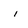
Character: i